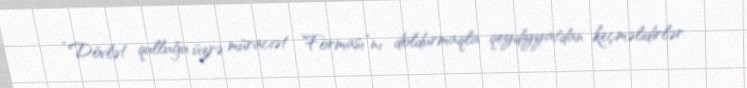
“Dövlət qulluğu üzrə müraciət Forması”nı doldurmaqla qeydiyyatdan keçməlidirlər.